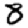
Digit: 8